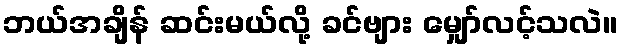
ဘယ်အချိန် ဆင်းမယ်လို့ ခင်ဗျား မျှော်လင့်သလဲ။